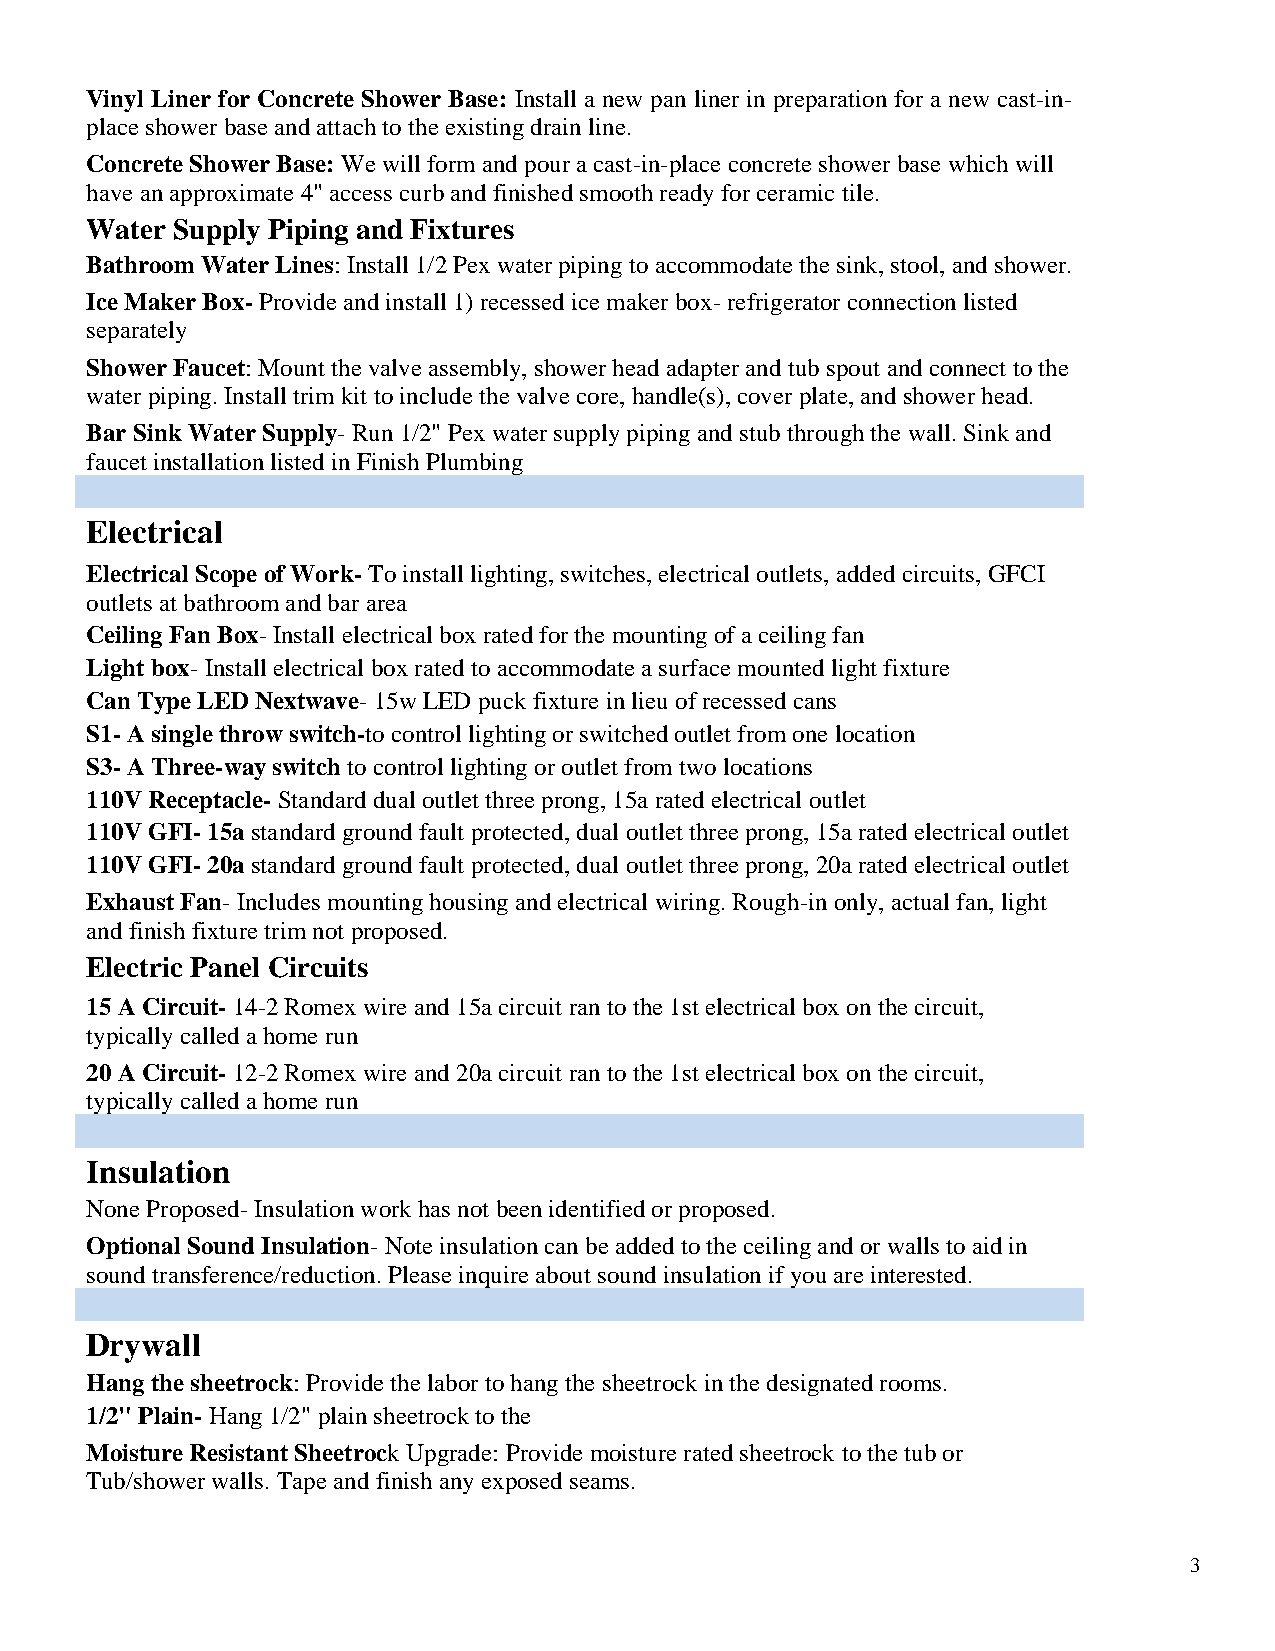
Vinyl Liner for Concrete Shower Base: Install a new pan liner in preparation for a new cast-in-
 place shower base and attach to the existing drain line.
 Concrete Shower Base: We will form and pour a cast-in-place concrete shower base which will
 have an approximate 4" access curb and finished smooth ready for ceramic tile.
 Water Supply Piping and Fixtures
 Bathroom Water Lines: Install 1/2 Pex water piping to accommodate the sink, stool, and shower.
 Ice Maker Box- Provide and install 1) recessed ice maker box- refrigerator connection listed
 separately
 Shower Faucet: Mount the valve assembly, shower head adapter and tub spout and connect to the
 water piping. Install trim kit to include the valve core, handle(s), cover plate, and shower head.
 Bar Sink Water Supply- Run 1/2" Pex water supply piping and stub through the wall. Sink and
 faucet installation listed in Finish Plumbing
 Electrical
 Electrical Scope of Work- To install lighting, switches, electrical outlets, added circuits, GFCI
 outlets at bathroom and bar area
 Ceiling Fan Box- Install electrical box rated for the mounting of a ceiling fan
 Light box- Install electrical box rated to accommodate a surface mounted light fixture
 Can Type LED Nextwave- 15w LED puck fixture in lieu of recessed cans
 S1- A single throw switch-to control lighting or switched outlet from one location
 S3- A Three-way switch to control lighting or outlet from two locations
 110V Receptacle- Standard dual outlet three prong, 15a rated electrical outlet
 110V GFI- 15a standard ground fault protected, dual outlet three prong, 15a rated electrical outlet
 110V GFI- 20a standard ground fault protected, dual outlet three prong, 20a rated electrical outlet
 Exhaust Fan- Includes mounting housing and electrical wiring. Rough-in only, actual fan, light
 and finish fixture trim not proposed.
 Electric Panel Circuits
 15 A Circuit- 14-2 Romex wire and 15a circuit ran to the 1st electrical box on the circuit,
 typically called a home run
 20 A Circuit- 12-2 Romex wire and 20a circuit ran to the 1st electrical box on the circuit,
 typically called a home run
 Insulation
 None Proposed- Insulation work has not been identified or proposed.
 Optional Sound Insulation- Note insulation can be added to the ceiling and or walls to aid in
 sound transference/reduction. Please inquire about sound insulation if you are interested.
 Drywall
 Hang the sheetrock: Provide the labor to hang the sheetrock in the designated rooms.
 1/2" Plain- Hang 1/2" plain sheetrock to the
 Moisture Resistant Sheetrock Upgrade: Provide moisture rated sheetrock to the tub or
 Tub/shower walls. Tape and finish any exposed seams.
 3